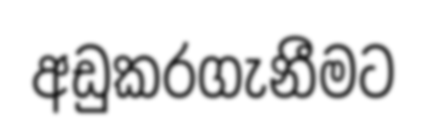
අඩුකරගැනීමට